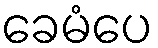
ခေမံပေ